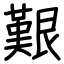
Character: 艱